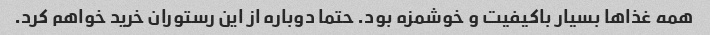
همه غذاها بسیار باکیفیت و خوشمزه بود. حتما دوباره از این رستوران خرید خواهم کرد.